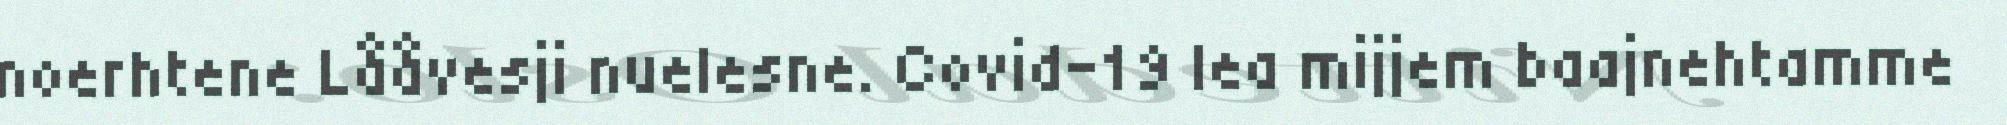
noerhtene Lååvesji nuelesne. Covid-19 lea mijjem baajnehtamme